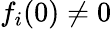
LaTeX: f_{i}(0)\not=0